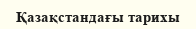
Қазақстандағы тарихы